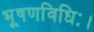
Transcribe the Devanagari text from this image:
भूषणविधिः।